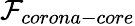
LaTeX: \mathcal{F}_{corona-core}